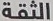
الثقة